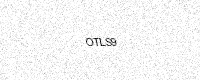
Text: OTLS9